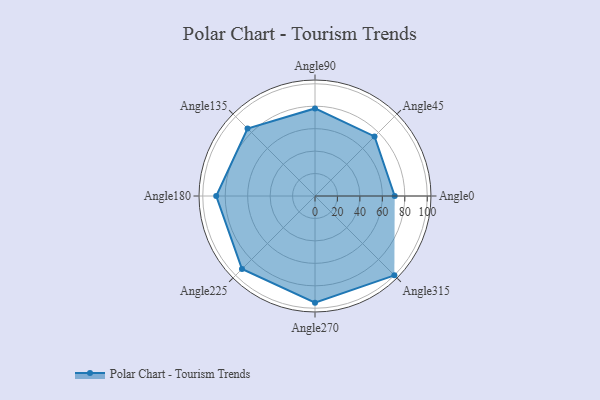
{"axis": {"x": "Angle", "y": "Radius"}, "legend": [""], "data": [{"x": "Angle0", "y": 71.0, "type": ""}, {"x": "Angle45", "y": 75.0, "type": ""}, {"x": "Angle90", "y": 78.0, "type": ""}, {"x": "Angle135", "y": 85.0, "type": ""}, {"x": "Angle180", "y": 88.0, "type": ""}, {"x": "Angle225", "y": 92.0, "type": ""}, {"x": "Angle270", "y": 95.0, "type": ""}, {"x": "Angle315", "y": 100.0, "type": ""}]}